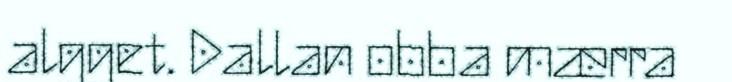
algget. Dallan obba mærra